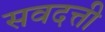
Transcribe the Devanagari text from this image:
सवदत्ती